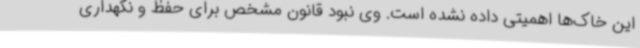
این خاک‌ها اهمیتی داده نشده است. وی نبود قانون مشخص برای حفظ و نگهداری